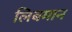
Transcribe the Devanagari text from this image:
लिबमान